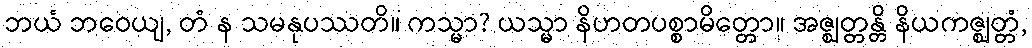
ဘယံ ဘဝေယျ, တံ န သမနုပဿတိ။ ကသ္မာ? ယသ္မာ နိဟတပစ္စာမိတ္တော။ အဇ္ဈတ္တန္တိ နိယကဇ္ဈတ္တံ,